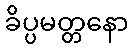
ခိပ္ပမတ္တနော